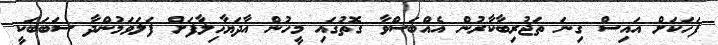
ފަހަކަށް އައިސް ގިނަ ތަޖުރިބާކާރުން އެއްބަސްވާ ގޮތުގައި މީހުން އާދަޔާހިލާފަށް ފަލަވަމުންދާ ސަބަބަކީ